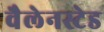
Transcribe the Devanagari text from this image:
वैलेनस्टेड